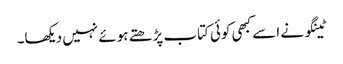
ٹینگو نے اسے کبھی کوئی کتاب پڑھتے ہوئے نہیں دیکھا۔